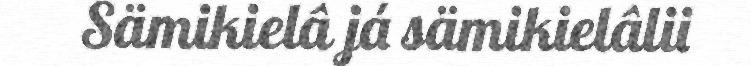
Sämikielâ já sämikielâlii